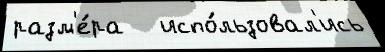
разм'е́ра   испо́льзовал'ись